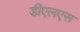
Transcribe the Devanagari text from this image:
डीएलएस